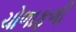
ચોળાફળી